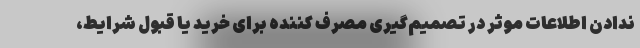
ندادن اطلاعات موثر در تصمیم‌گیری مصرف کننده برای خرید یا قبول شرایط،